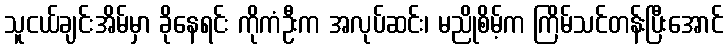
သူငယ်ချင်းအိမ်မှာ ခိုနေရင်း ကိုကံဦးက အလုပ်ဆင်း၊ မညိုစိမ့်က ကြိမ်သင်တန်းပြီးအောင်